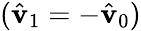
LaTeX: (\hat{\mathbf{v}}_{1}=-\hat{\mathbf{v}}_{0})